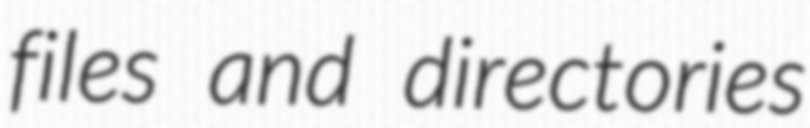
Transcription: files and directories